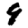
Digit: 9